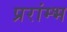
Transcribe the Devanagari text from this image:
प्ररांम्भ